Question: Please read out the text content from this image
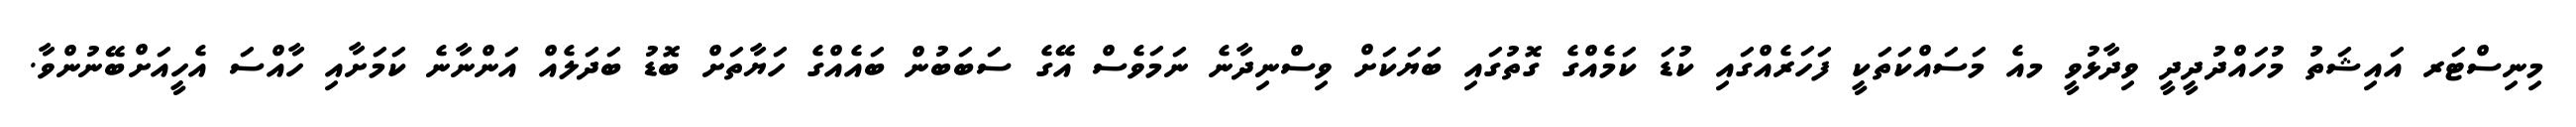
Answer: މިނިސްޓަރ އައިޝަތު މުހައްދުދީދީ ވިދާޅުވީ މއެ މަސައްކަތަކީ ފަހަރެއްގައި ކުޑަ ކަމެއްގެ ގޮތުގައި ބަޔަކަށް ވިސްނިދާނެ ނަމަވެސް އޭގެ ސަބަބުން ބައެއްގެ ހަޔާތަށް ބޮޑު ބަދަލެއް އަންނާނެ ކަމަށާއި ހާއްސަ އެހީއަށްބޭނުންވާ.